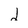
Character: 2